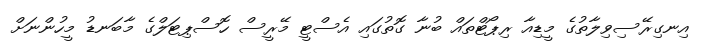
އިނގިރޭސިވިލާތުގެ މީޑިއާ ރިޕޯޓްތައް ބުނާ ގޮތުގައި އެސްޓީ މޭރީސް ހޮސްޕިޓަލްގެ މާބަނޑު މީހުންނަށް